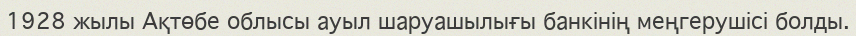
1928 жылы Ақтөбе облысы ауыл шаруашылығы банкінің меңгерушісі болды.